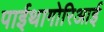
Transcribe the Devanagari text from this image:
पाईथागोरिआई